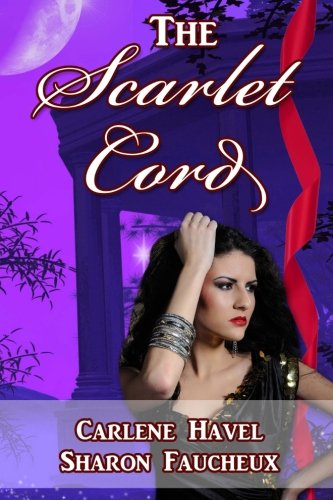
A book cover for The Scarlet Cord; Sharon Faucheux; Christian Books & Bibles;